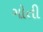
ગોતી